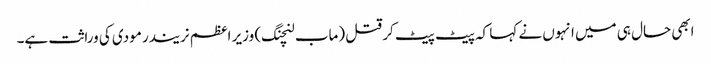
ابھی حال ہی میں انہوں نے کہا کہ پیٹ پیٹ کر قتل (ماب لنچنگ) وزیر اعظم نریندر مودی کی وراثت ہے۔